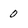
Character: 0